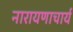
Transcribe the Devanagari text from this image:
नारायणाचार्य